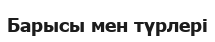
Барысы мен түрлері